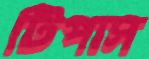
টিপাস